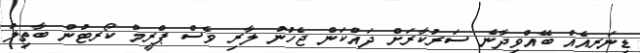
ޑިނަރއެއް ބޭއްވިދާނެ ސަރުކާރަށް ދައްކަން ޖެހުނު ލާރި ވެސް ޕްރީމް ކޯރޓުން ބާތިލު